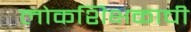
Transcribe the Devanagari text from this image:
लोकशिक्षकाची